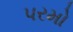
પરમો